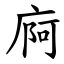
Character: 㢌